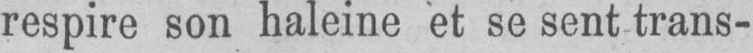
respire son haleine et se sent trans-